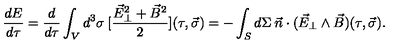
\frac { d E } { d \tau } = \frac { d } { d \tau } \int _ { V } d ^ { 3 } \sigma \: [ \frac { \vec { E } _ { \perp } ^ { 2 } + \vec { B } ^ { 2 } } { 2 } ] ( \tau , \vec { \sigma } ) = - \int _ { S } d \Sigma \: \vec { n } \cdot ( \vec { E } _ { \perp } \wedge \vec { B } ) ( \tau , \vec { \sigma } ) .